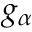
g _ { \alpha }